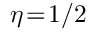
\eta \! = \! 1 / 2